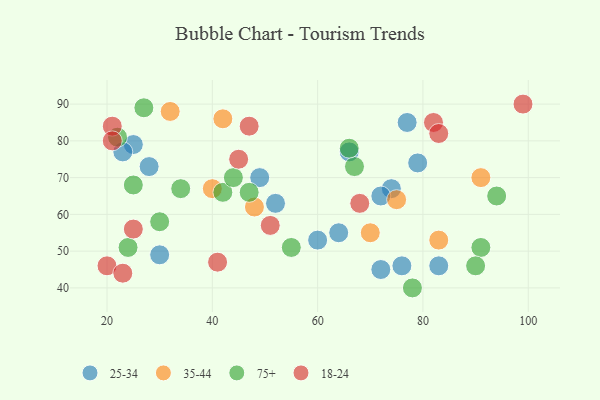
{"axis": {"x": "GDP", "y": "Life Expectancy"}, "legend": ["18-24", "25-34", "35-44", "75+"], "data": [{"x": "72", "y": 45, "type": "25-34"}, {"x": "64", "y": 55, "type": "25-34"}, {"x": "52", "y": 63, "type": "25-34"}, {"x": "49", "y": 70, "type": "25-34"}, {"x": "76", "y": 46, "type": "25-34"}, {"x": "60", "y": 53, "type": "25-34"}, {"x": "25", "y": 79, "type": "25-34"}, {"x": "77", "y": 85, "type": "25-34"}, {"x": "30", "y": 49, "type": "25-34"}, {"x": "28", "y": 73, "type": "25-34"}, {"x": "66", "y": 77, "type": "25-34"}, {"x": "83", "y": 46, "type": "25-34"}, {"x": "74", "y": 67, "type": "25-34"}, {"x": "79", "y": 74, "type": "25-34"}, {"x": "72", "y": 65, "type": "25-34"}, {"x": "23", "y": 77, "type": "25-34"}, {"x": "70", "y": 55, "type": "35-44"}, {"x": "40", "y": 67, "type": "35-44"}, {"x": "91", "y": 70, "type": "35-44"}, {"x": "42", "y": 86, "type": "35-44"}, {"x": "83", "y": 53, "type": "35-44"}, {"x": "32", "y": 88, "type": "35-44"}, {"x": "48", "y": 62, "type": "35-44"}, {"x": "75", "y": 64, "type": "35-44"}, {"x": "94", "y": 65, "type": "75+"}, {"x": "30", "y": 58, "type": "75+"}, {"x": "78", "y": 40, "type": "75+"}, {"x": "67", "y": 73, "type": "75+"}, {"x": "34", "y": 67, "type": "75+"}, {"x": "91", "y": 51, "type": "75+"}, {"x": "25", "y": 68, "type": "75+"}, {"x": "27", "y": 89, "type": "75+"}, {"x": "24", "y": 51, "type": "75+"}, {"x": "66", "y": 78, "type": "75+"}, {"x": "55", "y": 51, "type": "75+"}, {"x": "22", "y": 81, "type": "75+"}, {"x": "42", "y": 66, "type": "75+"}, {"x": "90", "y": 46, "type": "75+"}, {"x": "47", "y": 66, "type": "75+"}, {"x": "44", "y": 70, "type": "75+"}, {"x": "82", "y": 85, "type": "18-24"}, {"x": "45", "y": 75, "type": "18-24"}, {"x": "21", "y": 84, "type": "18-24"}, {"x": "47", "y": 84, "type": "18-24"}, {"x": "41", "y": 47, "type": "18-24"}, {"x": "25", "y": 56, "type": "18-24"}, {"x": "68", "y": 63, "type": "18-24"}, {"x": "20", "y": 46, "type": "18-24"}, {"x": "99", "y": 90, "type": "18-24"}, {"x": "21", "y": 80, "type": "18-24"}, {"x": "83", "y": 82, "type": "18-24"}, {"x": "23", "y": 44, "type": "18-24"}, {"x": "51", "y": 57, "type": "18-24"}]}